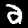
Digit: 2